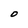
Character: O